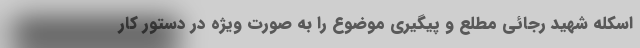
اسکله شهید رجائی مطلع و پیگیری موضوع را به صورت ویژه در دستور کار